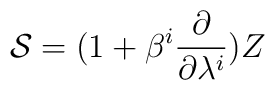
{\cal S} = (1 + \beta^{i}\frac{\partial}{\partial \lambda^{i}}) Z